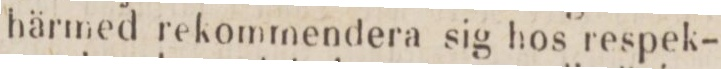
härmed rekommendera sig hos respek-